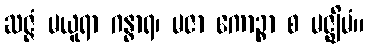
ဆဇ္ဇံ မယူရာ ဂန္ဓာရ၊ မဇာ ကောဉ္စာ စ မဇ္ဈိမံ။